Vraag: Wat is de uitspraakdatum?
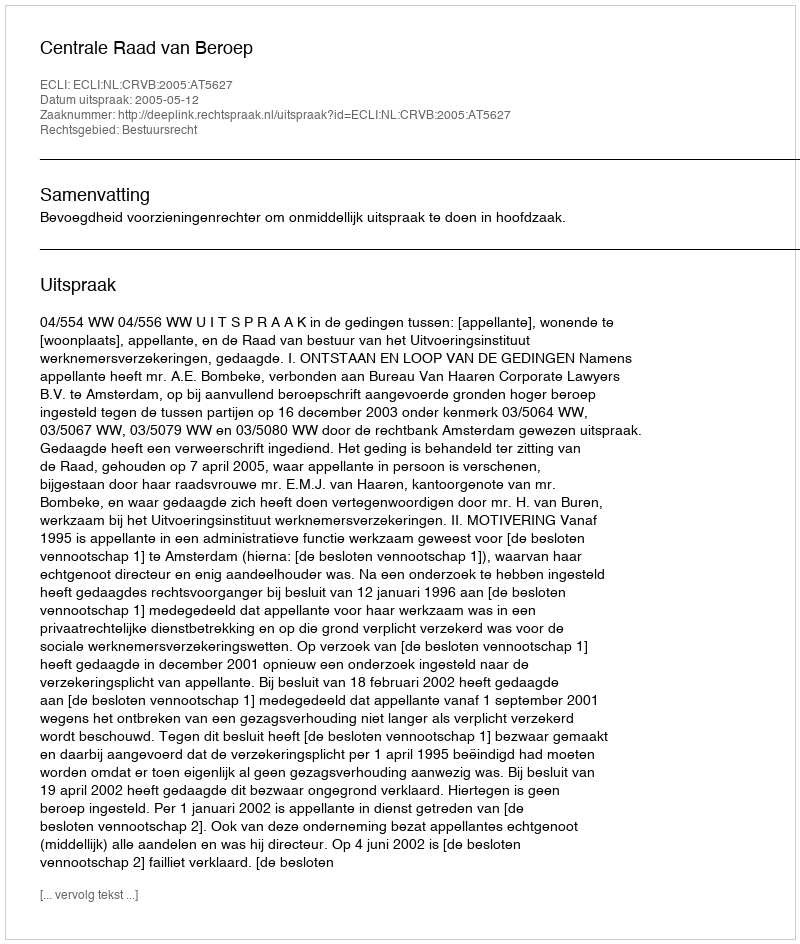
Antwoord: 2005-05-12